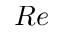
R e